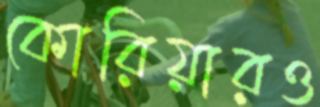
কোরিয়ারও